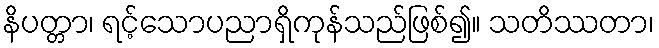
နိပတ္တာ၊ ရင့်သောပညာရှိကုန်သည်ဖြစ်၍။ သတိဿတာ၊